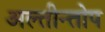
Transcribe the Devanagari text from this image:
अल्तीन्तोप